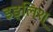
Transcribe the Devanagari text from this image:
इङ्लिश्